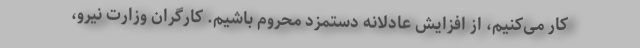
کار می‌کنیم، از افزایش عادلانه دستمزد محروم باشیم. کارگران وزارت نیرو،